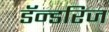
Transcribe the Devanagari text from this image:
डॅन्डरिज